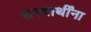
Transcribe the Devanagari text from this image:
शरणार्थींना